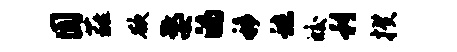
圆蕤欲婺的移秣皎利揆